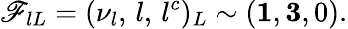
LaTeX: \mathscr{F}_{lL}=(\nu_{l},\, l,\, l^{c})_{L}\sim({\mathbf{1}},{\mathbf{3}},0).